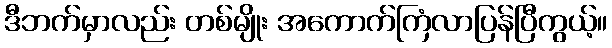
ဒီဘက်မှာလည်း တစ်မျိုး အကောက်ကြံလာပြန်ပြီကွယ့်။